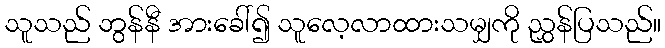
သူသည် ဘွန်နီ အားခေါ်၍ သူလေ့လာထားသမျှကို ညွှန်ပြသည်။